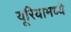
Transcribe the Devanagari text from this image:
यूरियामध्ये